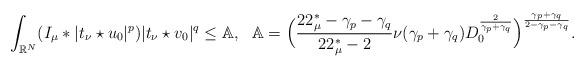
LaTeX: \begin{align*}\int_{\mathbb{R}^N}(I_\mu*|t_\nu\star{u_0}|^{p})|t_\nu\star{v_0}|^{q}\leq\mathbb{A},\ \ \mathbb{A}=\Bigl(\frac{22^*_\mu-\gamma_p-\gamma_q}{22^*_\mu-2}\nu(\gamma_p+\gamma_q)D^{\frac{2}{\gamma_p+\gamma_q}}_0\Bigr)^{\frac{\gamma_p+\gamma_q}{2-\gamma_p-\gamma_q}}.\end{align*}